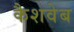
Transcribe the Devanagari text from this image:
कैशवेब